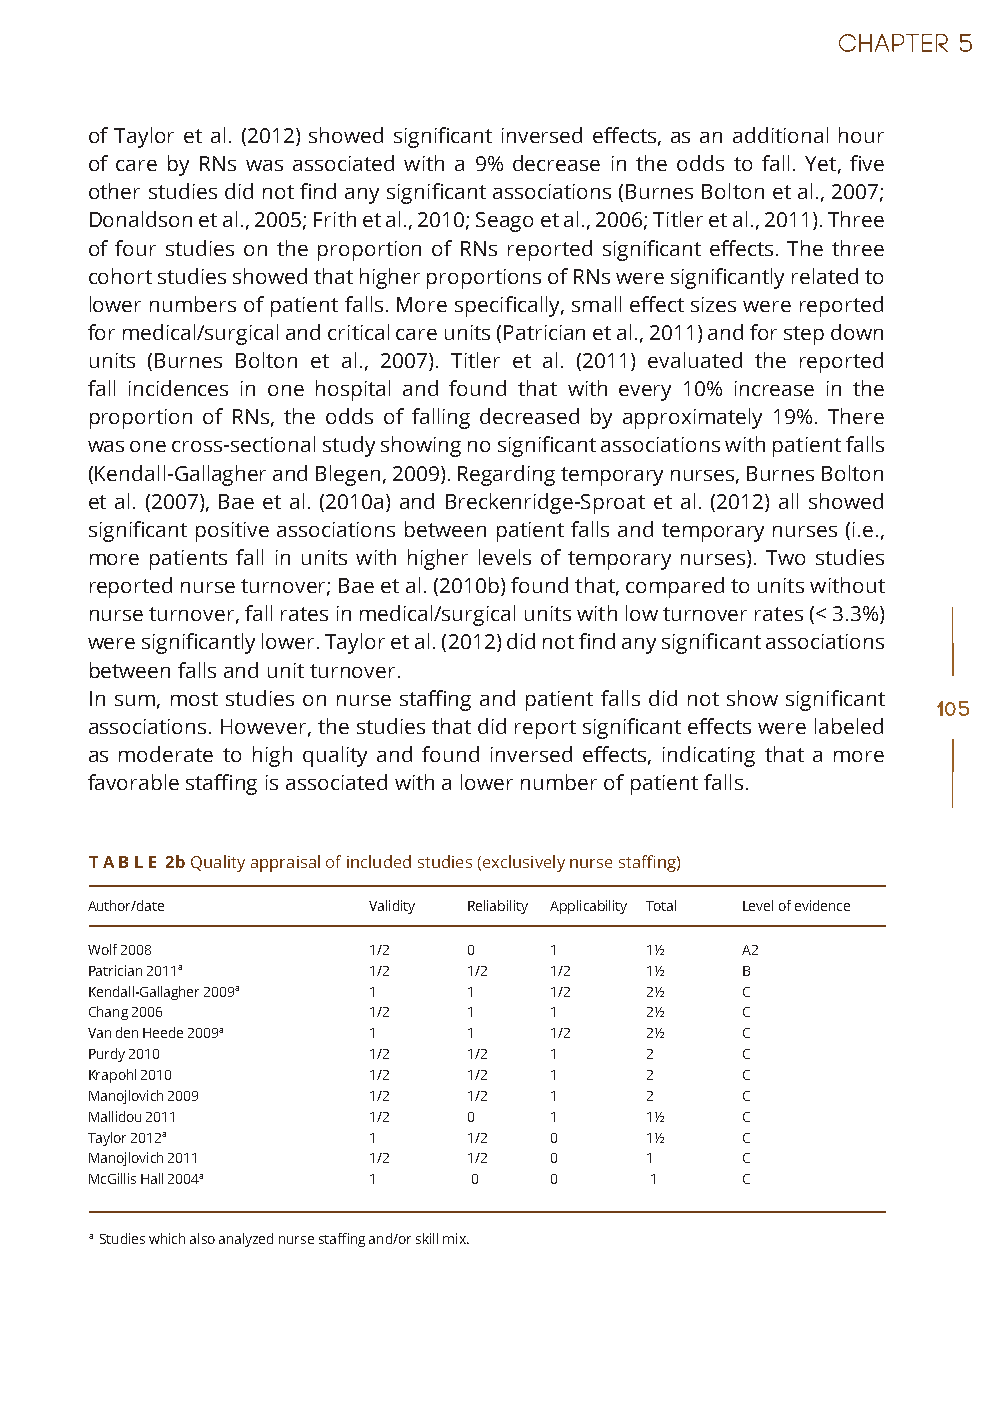
of Taylor et al. (2012) showed significant inversed effects, as an additional hour
 of care by RNs was associated with a 9% decrease in the odds to fall. Yet, five
 other studies did not find any significant associations (Burnes Bolton et al., 2007;
 Donaldson et al., 2005; Frith et al., 2010; Seago et al., 2006; Titler et al., 2011). Three
 of four studies on the proportion of RNs reported significant effects. The three
 cohort studies showed that higher proportions of RNs were significantly related to
 lower numbers of patient falls. More specifically, small effect sizes were reported
 for medical/surgical and critical care units (Patrician et al., 2011) and for step down
 units (Burnes Bolton et al., 2007). Titler et al. (2011) evaluated the reported
 fall incidences in one hospital and found that with every 10% increase in the
 proportion of RNs, the odds of falling decreased by approximately 19%. There
 was one cross-sectional study showing no significant associations with patient falls
 (Kendall-Gallagher and Blegen, 2009). Regarding temporary nurses, Burnes Bolton
 et al. (2007), Bae et al. (2010a) and Breckenridge-Sproat et al. (2012) all showed
 significant positive associations between patient falls and temporary nurses (i.e.,
 more patients fall in units with higher levels of temporary nurses). Two studies
 reported nurse turnover; Bae et al. (2010b) found that, compared to units without
 nurse turnover, fall rates in medical/surgical units with low turnover rates (< 3.3%)
 were significantly lower. Taylor et al. (2012) did not find any significant associations
 between falls and unit turnover.
 In sum, most studies on nurse staffing and patient falls did not show significant
 105
 associations. However, the studies that did report significant effects were labeled
 as moderate to high quality and found inversed effects, indicating that a more
 favorable staffing is associated with a lower number of patient falls.
 T A B L E 2b Quality appraisal of included studies (exclusively nurse staffing)
 Author/date       Validity Reliability Applicability Total Level of evidence
 Wolf 2008         1/2    0    1      1½    A2
 Patrician 2011a   1/2    1/2  1/2    1½    B
 Kendall-Gallagher 2009a 1 1   1/2    2½    C
 Chang 2006        1/2    1    1      2½    C
 Van den Heede 2009a 1    1    1/2    2½    C
 Purdy 2010        1/2    1/2  1      2     C
 Krapohl 2010      1/2    1/2  1      2     C
 Manojlovich 2009  1/2    1/2  1      2     C
 Mallidou 2011     1/2    0    1      1½    C
 Taylor 2012a      1      1/2  0      1½    C
 Manojlovich 2011  1/2    1/2  0      1     C
 McGillis Hall 2004a 1    0    0      1     C
 a Studies which also analyzed nurse staffing and/or skill mix.